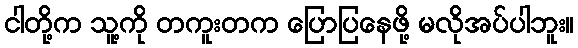
ငါတို့က သူ့ကို တကူးတက ပြောပြနေဖို့ မလိုအပ်ပါဘူး။